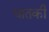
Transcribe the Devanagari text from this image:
धातकी